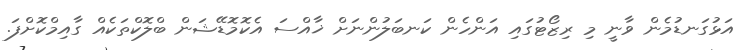
އަޅުގަނޑުމެން ވާނީ މި ރިޒޯޓުގައި އަންހެން ކަނބަލުންނަށް ޚާއްސަ އެކޮމޮޑޭޝަން ބްލޮކްތަކެއް ގާއިމްކޮށްފަ.